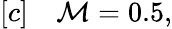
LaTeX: \begin{array}{rl}{[c]}&{{}\mathcal{M}=0.5,}\end{array}